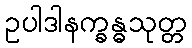
ဥပါဒါနက္ခန္ဓသုတ္တ